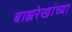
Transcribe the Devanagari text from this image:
बाह्यरेखांच्या